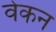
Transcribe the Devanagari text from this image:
वेकन